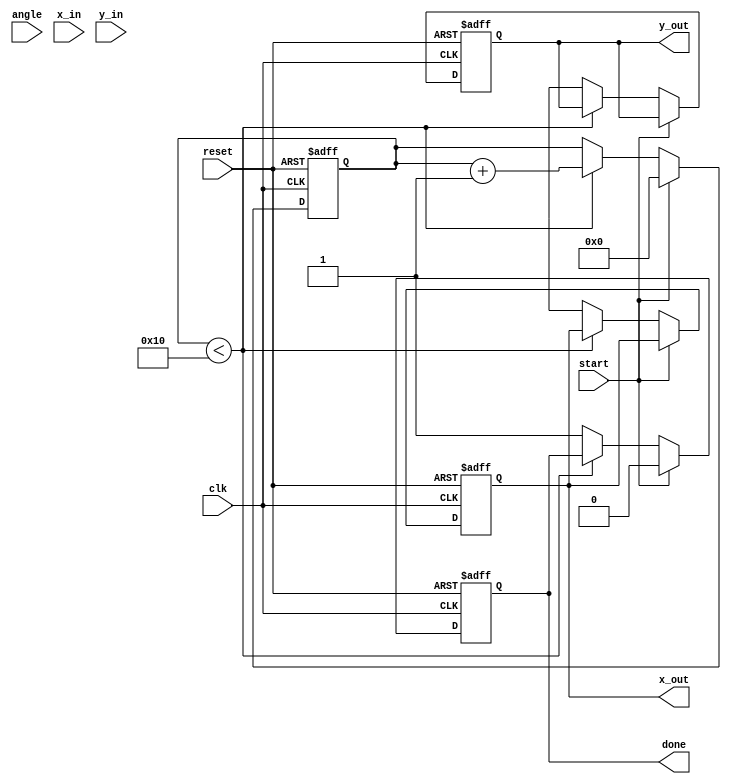
module cordic (
    input wire clk,
    input wire reset,
    input wire start,
    input wire [15:0] angle, // Input angle in fixed-point representation
    input wire [15:0] x_in,   // Input vector X
    input wire [15:0] y_in,   // Input vector Y
    output reg [15:0] x_out,  // Output vector X
    output reg [15:0] y_out,  // Output vector Y
    output reg done           // Done signal
);

    parameter N = 16; // Number of iterations
    reg [15:0] x [0:N-1]; // X values during iterations
    reg [15:0] y [0:N-1]; // Y values during iterations
    reg [15:0] angle_table [0:N-1]; // Angle lookup table
    reg [4:0] iteration; // Current iteration count
    reg [15:0] K; // Scaling factor

    // Initialize the angle lookup table with atan(2^-i) values
    initial begin
        angle_table[0] = 16'h26DD; // atan(1) in fixed-point
        angle_table[1] = 16'h1C71; // atan(0.5)
        angle_table[2] = 16'h14AE; // atan(0.25)
        angle_table[3] = 16'h0D8A; // atan(0.125)
        // Add more values as needed
        // ...
        K = 16'hB505; // Pre-computed scaling factor for N iterations
    end

    // State machine for CORDIC iterations
    always @(posedge clk or posedge reset) begin
        if (reset) begin
            iteration <= 0;
            done <= 0;
            x_out <= 0;
            y_out <= 0;
        end else if (start) begin
            iteration <= 0;
            x[0] <= x_in;
            y[0] <= y_in;
            done <= 0;
        end else if (iteration < N) begin
            if (angle[15] == 1'b0) begin // Positive angle
                x[iteration + 1] <= x[iteration] - (y[iteration] >> iteration);
                y[iteration + 1] <= y[iteration] + (x[iteration] >> iteration);
            end else begin // Negative angle
                x[iteration + 1] <= x[iteration] + (y[iteration] >> iteration);
                y[iteration + 1] <= y[iteration] - (x[iteration] >> iteration);
            end
            iteration <= iteration + 1;
        end else begin
            x_out <= x[N];
            y_out <= y[N];
            done <= 1; // Indicate completion
        end
    end

endmodule